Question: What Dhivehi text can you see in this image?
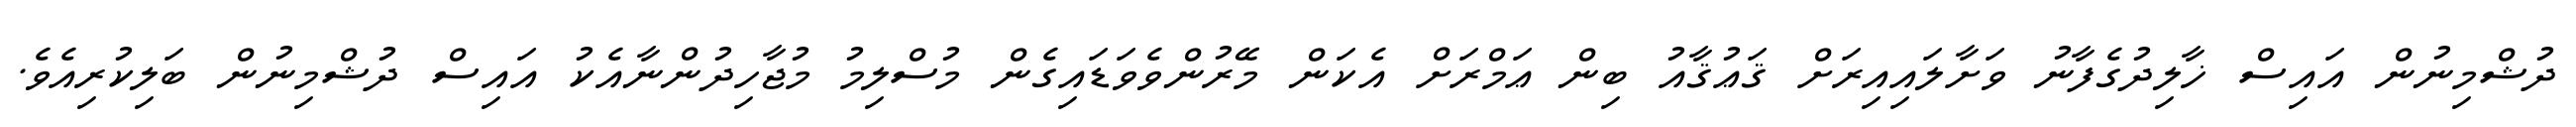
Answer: ދުޝްމިނުން އައިސް ޚާލިދުގެފާނު ވަށާލައިއިރަށް ޤަޢުޤާއު ބިން ޢަމްރަށް އެކަން މޭރުންވެވަޑައިގެން މުސްލިމު މުޖާހިދުންނާއެކު އައިސް ދުޝްމިނުން ބަލިކުރިއެވެ.